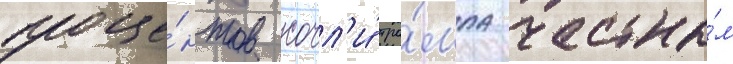
проце́нтов сочл'и́ тра́мпа честны́м